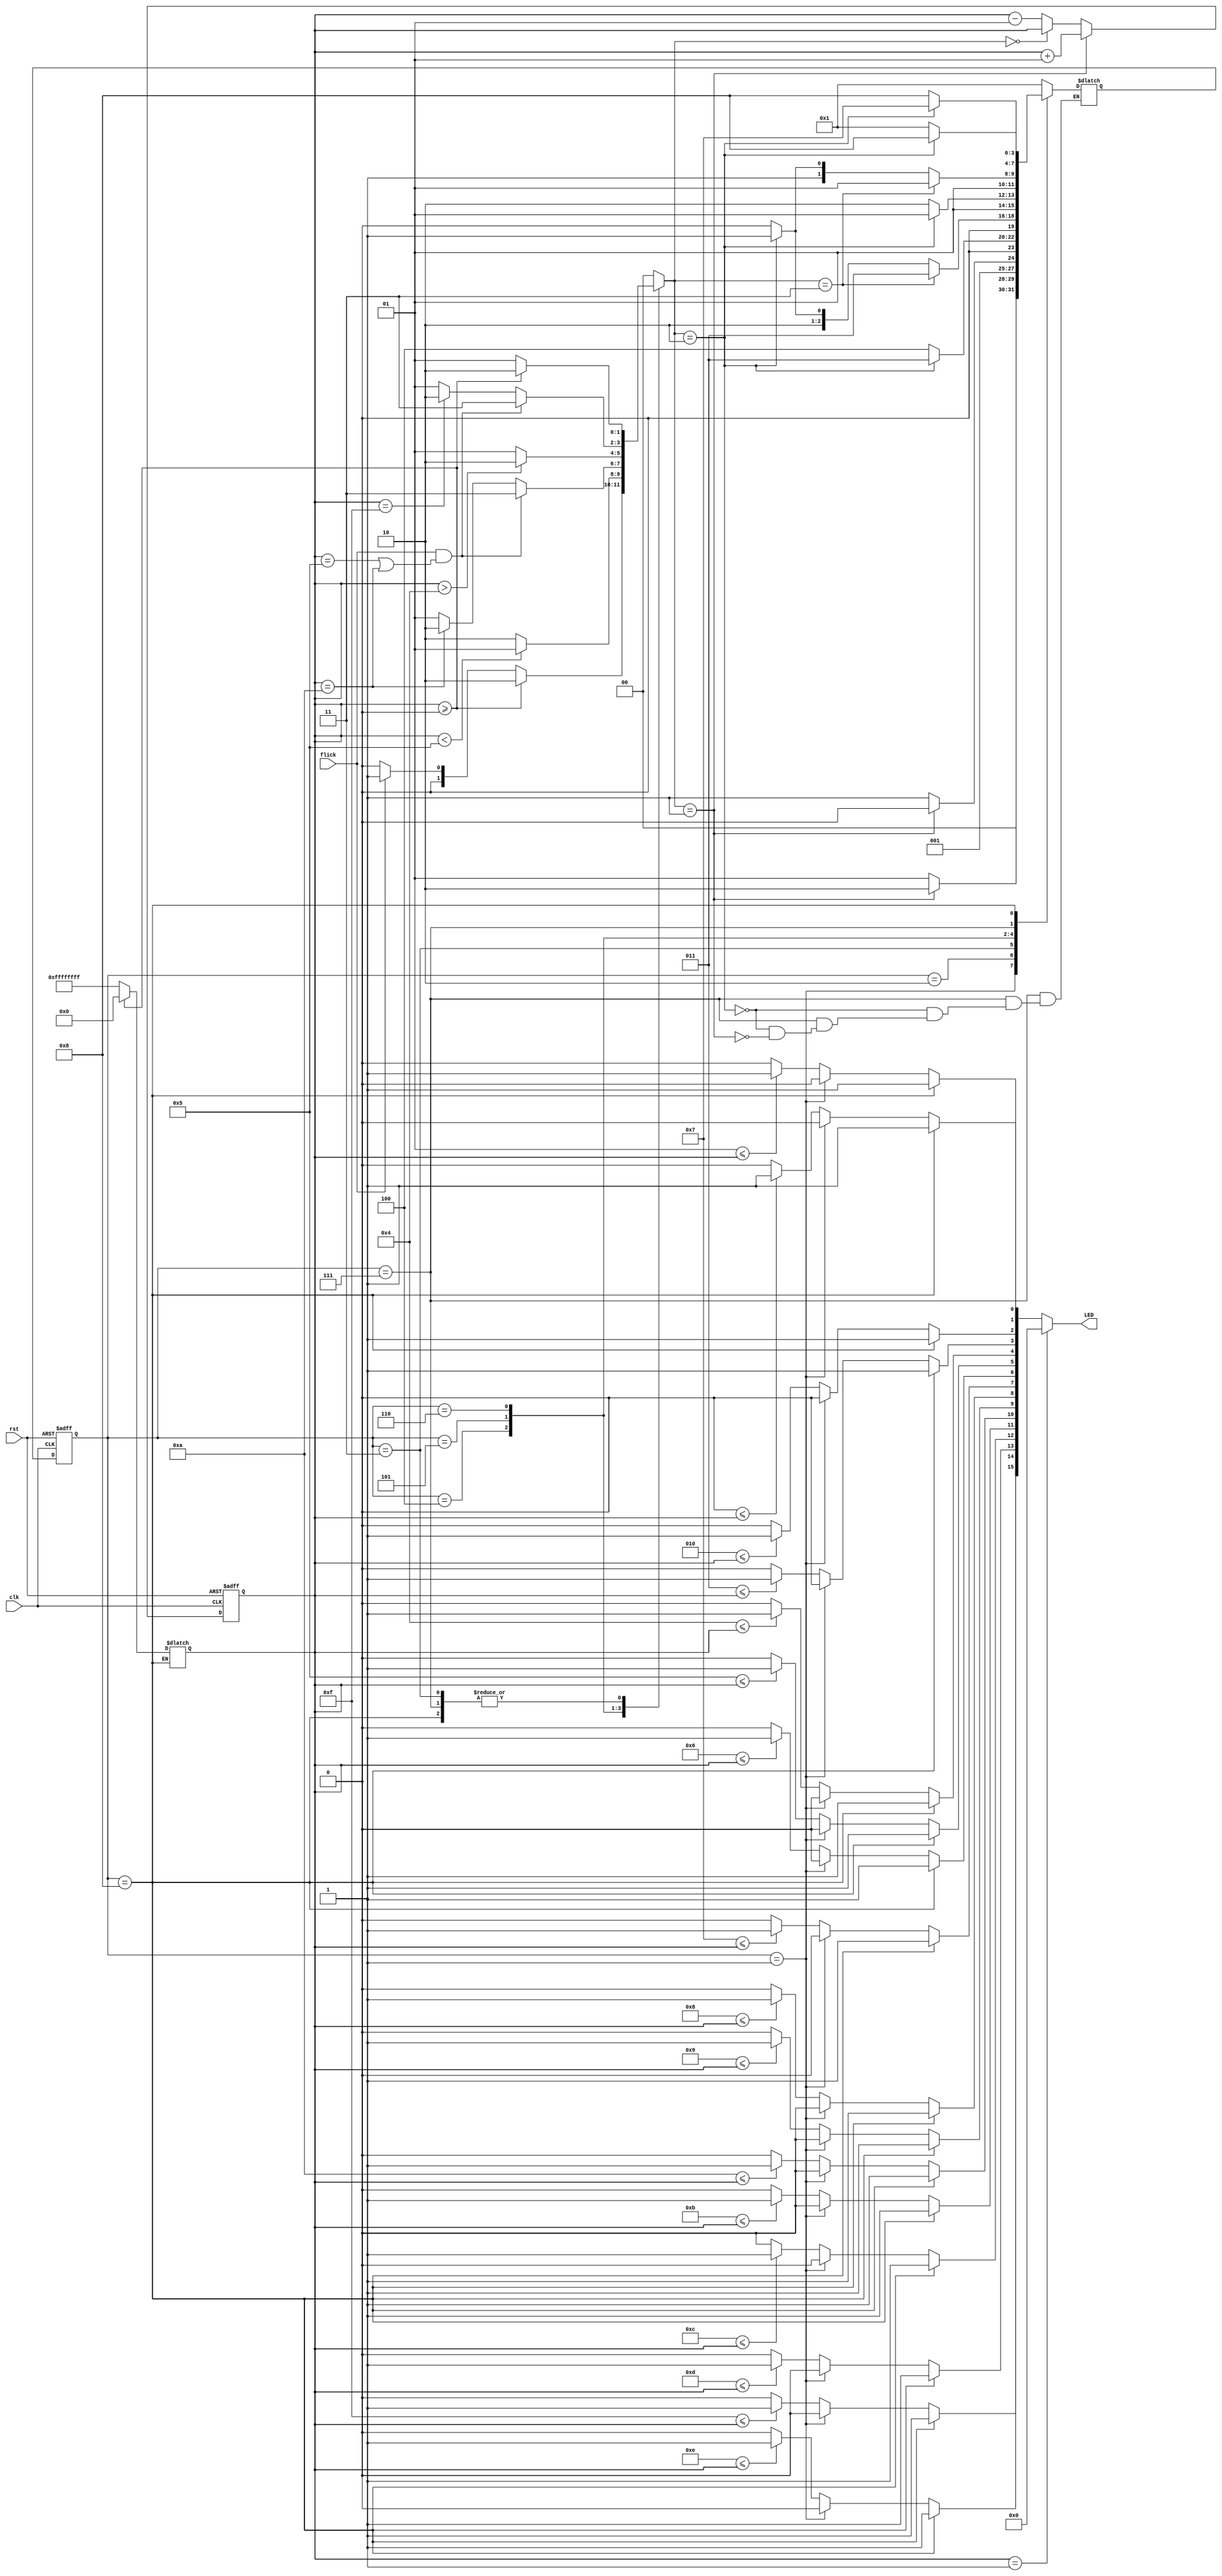
module bound_flasher(
  input clk,
  input rst,
  input flick,
  output reg [15:0] LED
);

integer COUNTER;
integer i;

parameter NORMAL    = 2'b00;
parameter UP        = 2'b01;
parameter DOWN      = 2'b10;
parameter KICK_BACK = 2'b11;

parameter INIT              = 4'b0001;
parameter ZERO_TO_FIVE      = 4'b0010;
parameter OFF_TO_ZERO       = 4'b0011;
parameter ZERO_TO_TEN       = 4'b0100;
parameter OFF_TO_FIVE       = 4'b0101;
parameter FIVE_TO_FIFTEEN   = 4'b0110;
parameter BLINK             = 4'b0111;
parameter BLINK_RESET       = 4'b1000;

reg [1:0] exe;
reg [3:0] current_state;
reg [3:0] next_state;

always @(posedge clk or negedge rst)
begin
	if(!rst) begin
        current_state <= INIT;
        COUNTER <= -1;
    end
	else begin
        current_state <= next_state;
		if(exe == UP) COUNTER <= COUNTER + 1;
		else if (exe == NORMAL) COUNTER <= COUNTER;
		else COUNTER <= COUNTER - 1;
	end
end

always @(current_state or exe)
begin
	case (current_state)
		INIT: begin
			if(exe == UP) next_state = ZERO_TO_FIVE;
			else next_state = INIT;
		end
		
		ZERO_TO_FIVE: begin
			if(exe == UP) next_state = ZERO_TO_FIVE;
			else next_state = OFF_TO_ZERO;
		end
		
		OFF_TO_ZERO: begin
			if(exe == DOWN) next_state = OFF_TO_ZERO;
			else next_state = ZERO_TO_TEN;
		end
		
		ZERO_TO_TEN: begin
			if(exe == KICK_BACK) next_state = OFF_TO_ZERO;		
			else if(exe == DOWN) next_state = OFF_TO_FIVE;
			else next_state = ZERO_TO_TEN;
		end
		
		OFF_TO_FIVE: begin
			if(exe == DOWN) next_state = OFF_TO_FIVE;
			else next_state = FIVE_TO_FIFTEEN;
		end
		
		FIVE_TO_FIFTEEN: begin
			if(exe == KICK_BACK) next_state = OFF_TO_FIVE;
			else if(exe == DOWN) next_state = BLINK;
			else next_state = FIVE_TO_FIFTEEN;
		end

        BLINK: begin
            if (exe == DOWN) next_state = BLINK;
            else if(exe == UP) next_state = BLINK_RESET;
        end

        BLINK_RESET: begin
            if (exe == DOWN) next_state = BLINK_RESET;
            else next_state = INIT;
        end
		
		default: next_state = INIT;
	endcase
end

always @(current_state or flick or COUNTER) begin
	exe = 2'b00;

	case(current_state)
        INIT: begin
            if(COUNTER >= 0) exe = DOWN;
            else if(flick) exe = UP;
            else exe = NORMAL;
        end
        
        ZERO_TO_FIVE: begin
            if(COUNTER < 5) exe = UP;
            else exe = DOWN;
        end
        
        OFF_TO_ZERO: begin
            if(COUNTER >= 0) exe = DOWN;
            else exe = UP;
        end
        
        ZERO_TO_TEN: begin
            if(flick && (COUNTER == 5 || COUNTER == 10)) exe = KICK_BACK;
            else if(COUNTER == 10) exe = DOWN;
            else exe = UP;
        end
        
        OFF_TO_FIVE: begin
            if(COUNTER > 4) exe = DOWN;
            else exe = UP;
        end
        
        FIVE_TO_FIFTEEN: begin
            if(flick && (COUNTER == 5 || COUNTER == 10)) exe = KICK_BACK;
            else if(COUNTER == 15) exe = DOWN;
            else exe = UP;
        end

        BLINK: begin
            if (COUNTER >= 0) exe = DOWN;
            else exe = UP;
        end

        BLINK_RESET: begin
            if (COUNTER >= 0) begin 
                COUNTER <= 0;
                exe = DOWN;
            end
            else begin 
                for(i = 0; i < 2; i = i + 1) begin
                    if(i == 1) begin
                        COUNTER <= -1;
                        exe = UP;
                    end
                end
            end
        end
        
        default: exe = NORMAL;
	endcase
end

always @(COUNTER or current_state)
begin
	if(COUNTER == -1)
        if (current_state == BLINK_RESET) LED <= {16{1'b0}};
        else begin
            for(i = 0; i < 16; i = i + 1) LED[i] = 0;
        end
	else
        if (current_state == BLINK_RESET) LED <= {16{1'b1}};
        else begin
            for(i = 0; i < 16; i = i + 1)
                begin
                    if (current_state == INIT) LED <= {16{1'b0}};
                    else if(i <= COUNTER) LED[i] = 1'b1;
                    else LED[i] = 1'b0;
                end
        end
end
endmodule